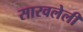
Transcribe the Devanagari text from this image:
सारवलेली